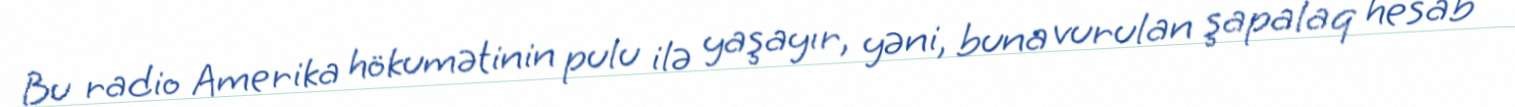
Bu radio Amerika hökumətinin pulu ilə yaşayır, yəni, buna vurulan şapalaq hesab